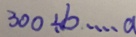
3 0 0 \div b \cdots a